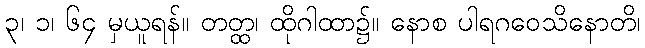
၃၊ ၁၊ ၆၄ မှယူရန်။ တတ္ထ၊ ထိုဂါထာ၌။ နောစ ပါရဂဝေသိနောတိ၊